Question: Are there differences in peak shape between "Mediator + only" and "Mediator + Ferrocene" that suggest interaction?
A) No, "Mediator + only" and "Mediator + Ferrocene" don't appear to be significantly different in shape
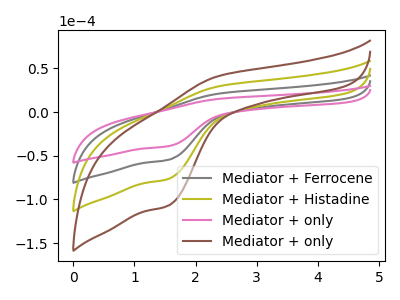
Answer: <think>The gray curve "Mediator + Ferrocene" has an anodic peak at (2.40V, 21.15uA) and a cathodic peak at (1.55V, -54.70uA). The olive curve "Mediator + Histadine" has an anodic peak at (2.40V, 42.25uA) and a cathodic peak at (1.55V, -109.35uA). The pink curve "Mediator + only" has an anodic peak at (2.40V, 15.10uA) and a cathodic peak at (1.55V, -39.10uA). The brown curve "Mediator + only" has an anodic peak at (2.40V, 63.40uA) and a cathodic peak at (1.55V, -164.05uA).
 All the peaks in "Mediator + only" have a peak in "Mediator + Ferrocene" at the same potential. Every peak in "Mediator + only" is lower than every peak in "Mediator + Ferrocene".</think>
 <answer>A) No, "Mediator + only" and "Mediator + Ferrocene" don't appear to be significantly different in shape</answer>
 <eval>A</eval>